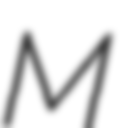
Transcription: M